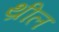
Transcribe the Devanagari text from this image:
थ्रील